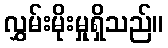
လွှမ်းမိုးမှုရှိသည်။